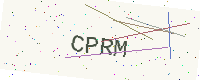
Text: CPRM